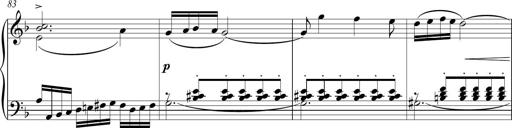
Title: Sonatina Vienesa al estilo de J.Haydn
Composer: JosÃ© RamÃ³n HernÃ¡ndez Bellido